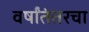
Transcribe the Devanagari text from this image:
वर्षांतंतरचा